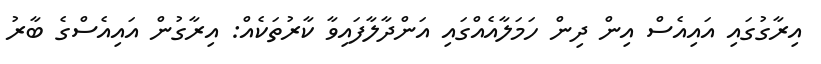
އިރާގުގައި އައިއެސް އިން ދިން ހަމަލާއެއްގައި އަންދާލާފައިވާ ކާރުތަކެއް: އިރާގުން އައިއެސްގެ ބާރު